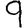
Digit: 9